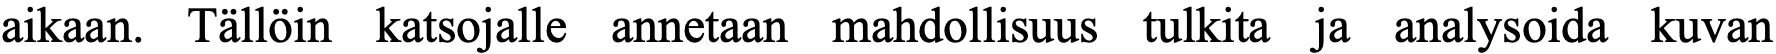
aikaan. Tällöin katsojalle annetaan mahdollisuus tulkita ja analysoida kuvan